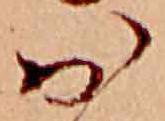
お